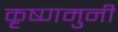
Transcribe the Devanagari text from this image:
कृष्णमुनी